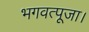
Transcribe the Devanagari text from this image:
भगवत्पूजा।